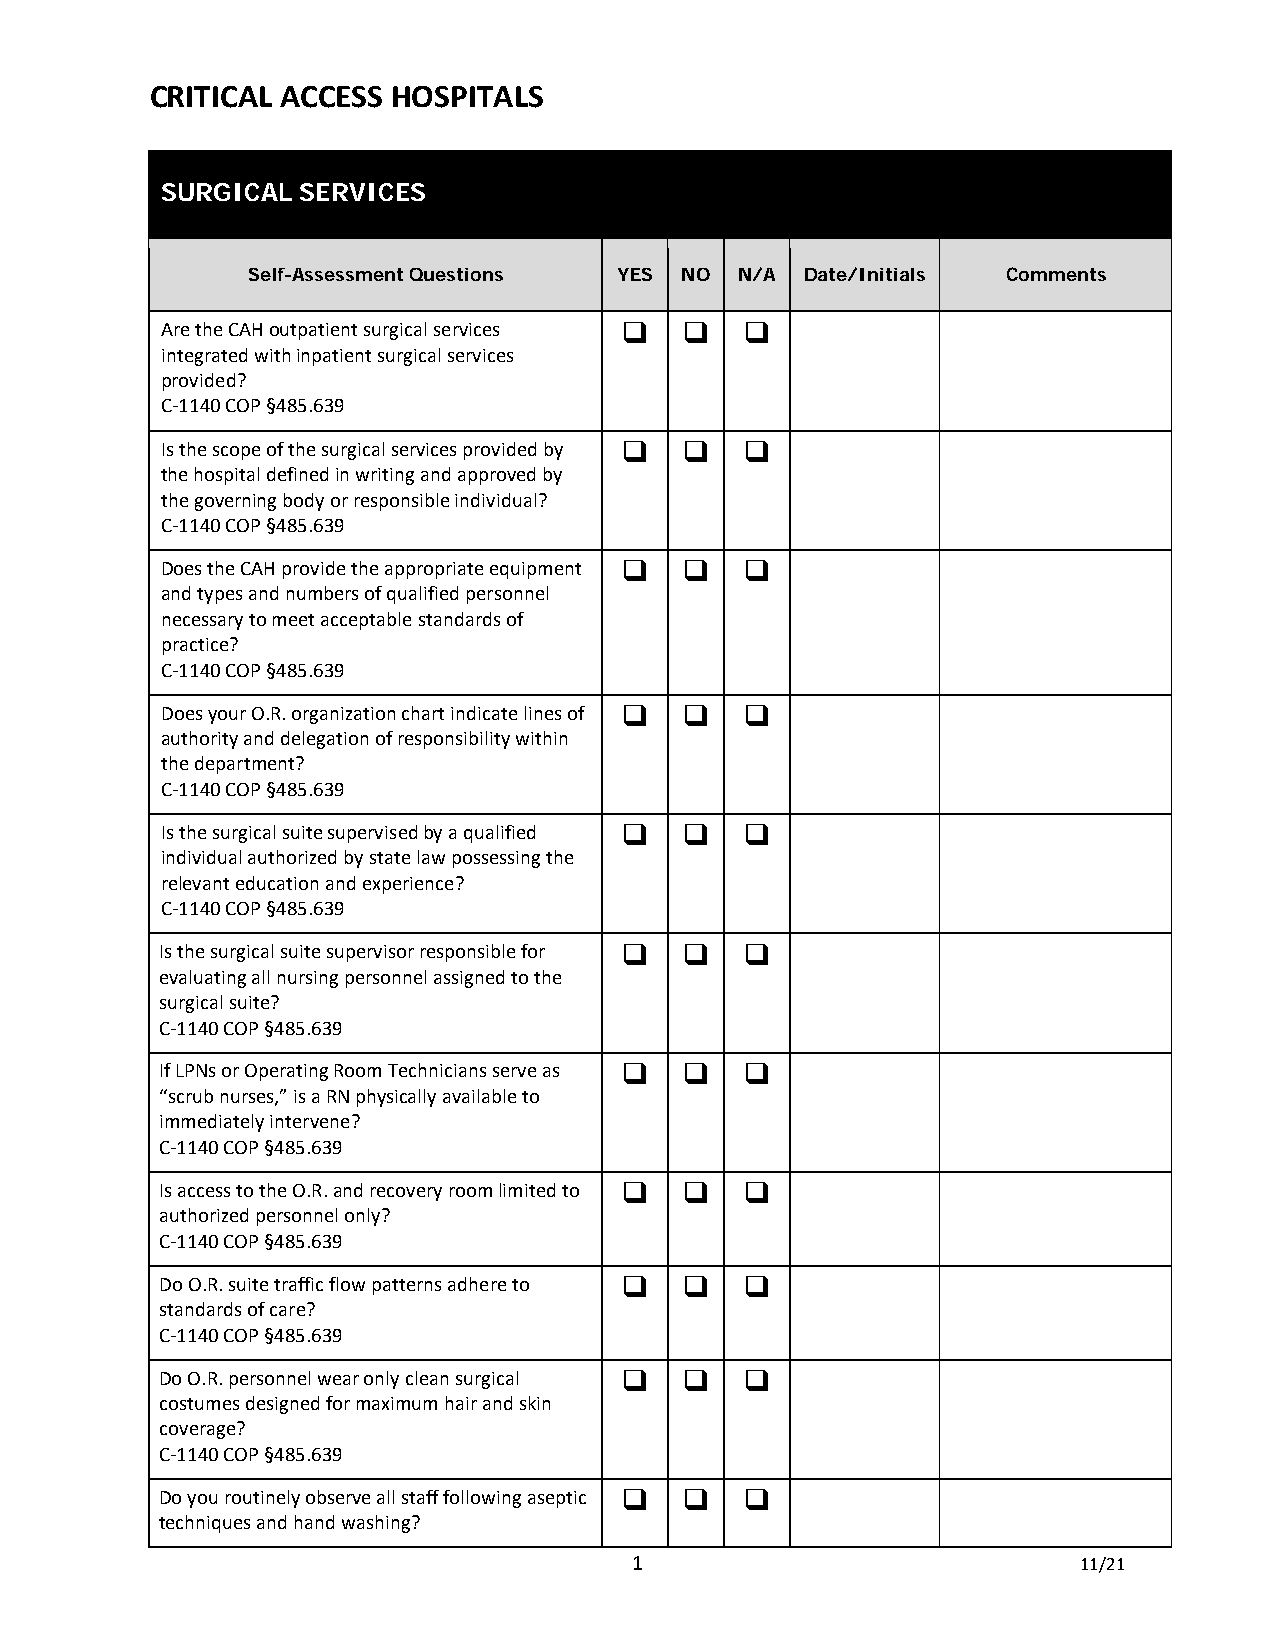
CRITICAL ACCESS HOSPITALS
 SURGICAL SERVICES
 Self-Assessment Questions YES NO N/A Date/Initials Comments
 Are the CAH outpatient surgical services   
 integrated with inpatient surgical services
 provided?
 C-1140 COP §485.639
 Is the scope of the surgical services provided by   
 the hospital defined in writing and approved by
 the governing body or responsible individual?
 C-1140 COP §485.639
 Does the CAH provide the appropriate equipment   
 and types and numbers of qualified personnel
 necessary to meet acceptable standards of
 practice?
 C-1140 COP §485.639
 Does your O.R. organization chart indicate lines of   
 authority and delegation of responsibility within
 the department?
 C-1140 COP §485.639
 Is the surgical suite supervised by a qualified   
 individual authorized by state law possessing the
 relevant education and experience?
 C-1140 COP §485.639
 Is the surgical suite supervisor responsible for   
 evaluating all nursing personnel assigned to the
 surgical suite?
 C-1140 COP §485.639
 If LPNs or Operating Room Technicians serve as   
 “scrub nurses,” is a RN physically available to
 immediately intervene?
 C-1140 COP §485.639
 Is access to the O.R. and recovery room limited to   
 authorized personnel only?
 C-1140 COP §485.639
 Do O.R. suite traffic flow patterns adhere to   
 standards of care?
 C-1140 COP §485.639
 Do O.R. personnel wear only clean surgical   
 costumes designed for maximum hair and skin
 coverage?
 C-1140 COP §485.639
 Do you routinely observe all staff following aseptic   
 techniques and hand washing?
 1                            11/21